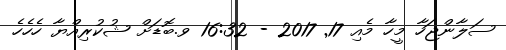
ސަލާންޖަހާ މީހާ މެއި 17